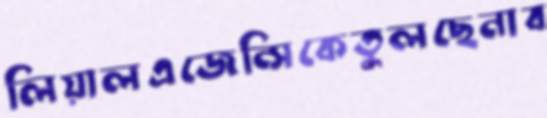
লিয়ালএজেন্সিকেতুলছেনাব